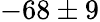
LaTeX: -68\pm 9